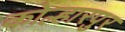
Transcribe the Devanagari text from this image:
कोल्हारपुर